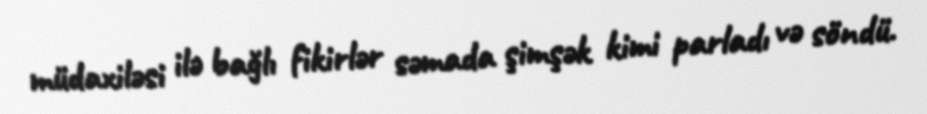
müdaxiləsi ilə bağlı fikirlər səmada şimşək kimi parladı və söndü.